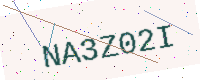
Text: NA3Z02I